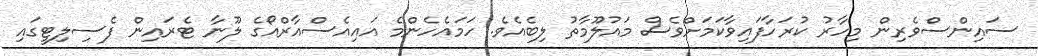
ސައިންސްވެރިން މިހާރު ކުރަހާފައިވާކަމަށްވެސް މައުލޫމާތު ލިބެއެވެ. ހަމައެހެންމެ އައިއެސްއާރްއޯގެ ލޫނާ ޓެރައިން ފެސިލިޓީގައި